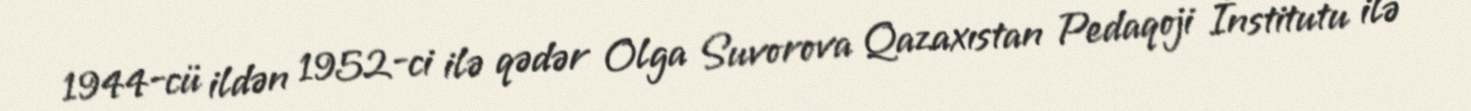
1944-cü ildən 1952-ci ilə qədər Olga Suvorova Qazaxıstan Pedaqoji İnstitutu ilə